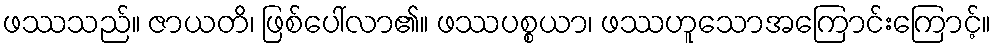
ဖဿသည်။ ဇာယတိ၊ ဖြစ်ပေါ်လာ၏။ ဖဿပစ္စယာ၊ ဖဿဟူသောအကြောင်းကြောင့်။